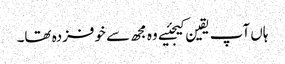
ہاں آپ یقین کیجئیے وہ مجھ سے خوفزدہ تھا۔